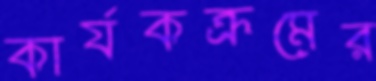
কার্যকক্রমের